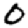
Digit: 0